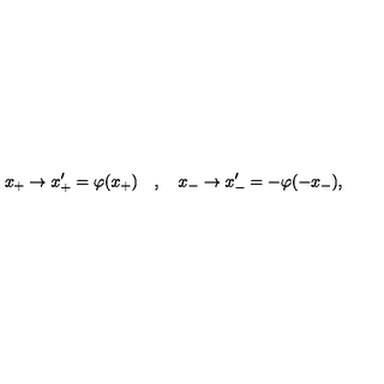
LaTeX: x _ { + } \to x _ { + } ^ { \prime } = \varphi ( x _ { + } ) \quad , \quad x _ { - } \to x _ { - } ^ { \prime } = - \varphi ( - x _ { - } ) ,